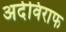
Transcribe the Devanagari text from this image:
अर्दविराफ